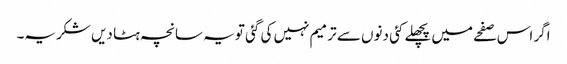
اگر اس صفحے میں پچھلے کئی دنوں سے ترمیم نہیں کی گئی تو یہ سانچہ ہٹا دیں شکریہ۔